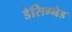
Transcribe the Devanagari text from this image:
डेसिग्नेड